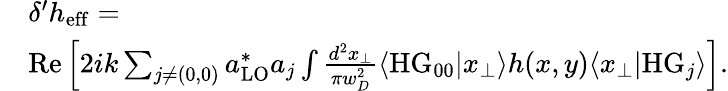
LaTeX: \begin{array}{rl}&{\delta^{\prime}h_{\mathrm{eff}}=}\\ &{\mathrm{Re}\left[2ik\sum_{j\neq(0,0)}a_{\mathrm{LO}}^{*}a_{j}\int\frac{d^{2}x_{\perp}}{\pi w_{D}^{2}}\langle\mathrm{HG}_{00}|x_{\perp}\rangle h(x,y)\langle x_{\perp}|\mathrm{HG}_{j}\rangle\right].}\end{array}